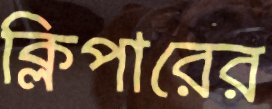
ক্লিপারের